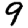
Digit: 9